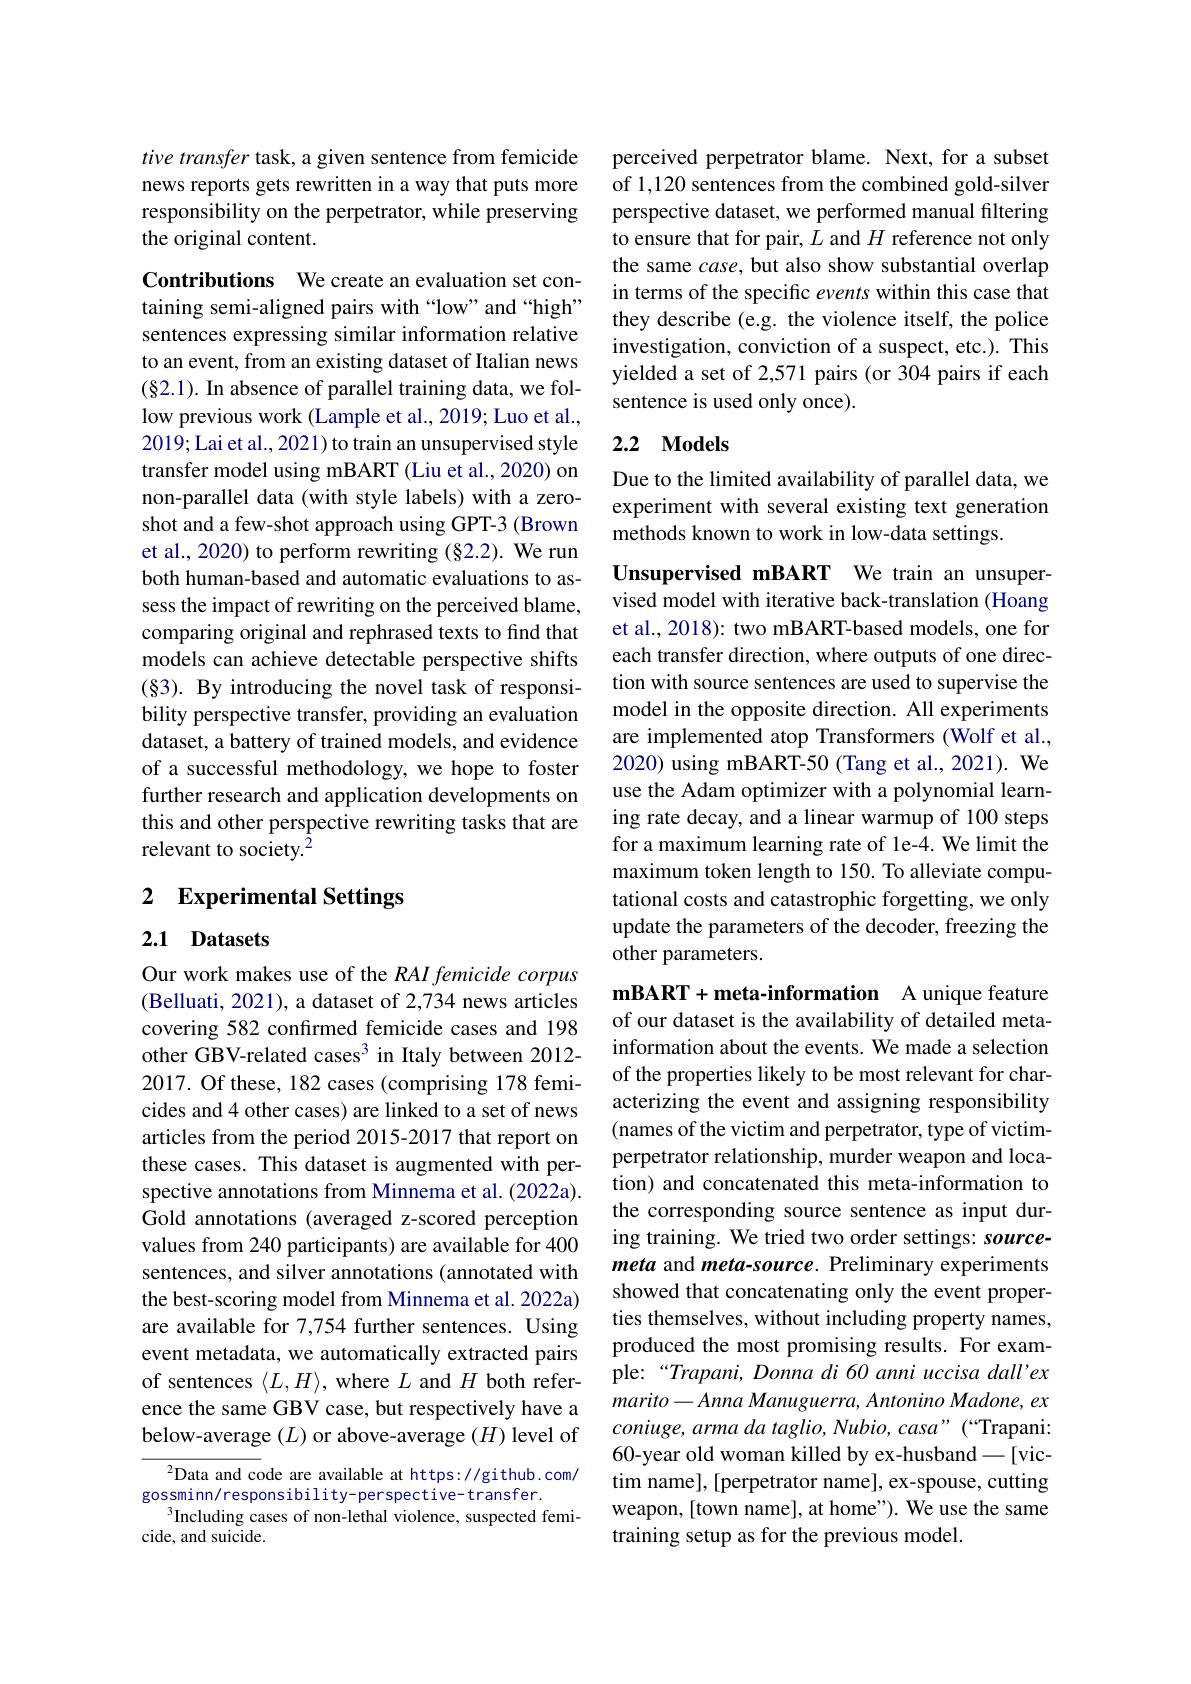
tive transfer task, a given sentence from femicide news reports gets rewritten in a way t responsibility on the perpetrator, while preserving the original content.

Contributions We create an evaluation taining semi-aligned pairs with“low”and“high” sentences expressing similar information relative to an event, from an existing dataset of Italian news (§2.1). In absence of parallel training data, we follow previous work (Lample et al., 2019; Luo et al., 2019; Lai et al., 2021) to train an unsupervised style transfer model using mBART (Liu et al., 2020) on non-parallel data (with style labels) shot and a few-shot approach using GPT-3 (Brown et al., 2020) to perform rewriting (§2.2). We run both human-based and automatic evaluat sess the impact of rewriting on the perceived blame, comparing original and rephrased texts to find that models can achieve detectable perspect (§3). By introducing the novel task of responsibility perspective transfer, providing an evaluation dataset, a battery of trained models, of a successful methodology, we hope t further research and application developments on this and other perspective rewriting tasks that are relevant to society.$^{2}$

## 2 Experimental Settings

## 2.1 Datasets

Our work makes use of the RAI femicide corpus (Belluati, 2021), a dataset of 2,734 news articles covering 582 confirmed femicide cases other GBV-related cases$^{3}$ in Italy between 2012- 2017. Of these, 182 cases (comprising 178 femicides and 4 other cases) are linked to a set of news articles from the period 2015-2017 tha these cases. This dataset is augmented with perspective annotations from Minnema et al. (2022a). Gold annotations (averaged z-scored perception values from 240 participants) are available for 400 sentences, and silver annotations (annotated with the best-scoring model from Minnema et al. 2022a) are available for 7,754 further sentences. Using event metadata, we automatically extracted pairs of sentences $\langle L,H\rangle$, where $L$ and $H$ ence the same GBV case, but respectively have a below-average $(L)$ or above-average

${^{2}\text{Data and co}}$de are available at https://github.com/
gossminn/responsibility-perspective-transfer.
Including cases of non-lethal violence, suspected femi-
cide, and suicide.

perceived perpetrator blame. Next, for a subset of 1,120 sentences from the combined gold-silver perspective dataset, we performed manual filtering to ensure that for pair, $L$ and $H$ reference not only the same case, but also show substantial overlap in terms of the specific events within this case that they describe (e.g. the violence itsel investigation, conviction of a suspect yielded a set of 2,571 pairs (or 304 pairs if each sentence is used only once).

## 2.2 Models

Due to the limited availability of parallel data, we experiment with several existing text generation methods known to work in low-data settings.

Unsupervised mBART We train an unsuper vised model with iterative back-translation (Hoang et al., 2018): two mBART-based models, one for each transfer direction, where outputs tion with source sentences are used to model in the opposite direction. All experiments are implemented atop Transformers (Wol 2020) using mBART-50 (Tang et al., 2021). We use the Adam optimizer with a polynomial learning rate decay, and a linear warmup of 100 steps for a maximum learning rate of le-4. We limit the maximum token length to 150. To alleviate computational costs and catastrophic forgetting, we only update the parameters of the decoder, freezing the other parameters.

$\mathbf{mBART}+ \mathbf{meta- information}$ A unique feature of our dataset is the availability of information about the events. We made of the properties likely to be most relevant for characterizing the event and assigning responsibility (names of the victim and perpetrator, type of victimperpetrator relationship, murder weapon and location) and concatenated this meta-information to the corresponding source sentence as input during training. We tried two order settings: sourcemeta and meta-source. Preliminary experiments showed that concatenating only the event properties themselves, without including pro produced the most promising results. For example:“Trapani, Donna di 60 anni uccisa dall'ex $marito-Anna$ Manuguerra, Antonino Mad coniuge, arma da taglio, Nubio, casa" (“Trapani: 60-year old woman killed by ex-husband -[victim name], [perpetrator name], ex-spouse, cutting weapon, [town name], at home"). We use the same training setup as for the previous model.